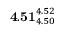
\mathbf { 4 . 5 1 } _ { 4 . 5 0 } ^ { 4 . 5 2 }